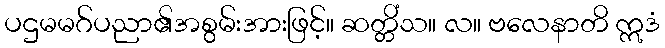
ပဌမမဂ်ပညာ၏အစွမ်းအားဖြင့်။ ဆတ္တိံသ။ လ။ ဗလေနာတိ ဣဒံ